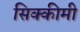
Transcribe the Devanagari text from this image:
सिक्कीमी